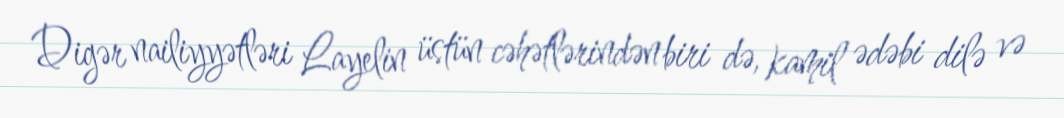
Digər nailiyyətləri Layelin üstün cəhətlərindən biri də, kamil ədəbi dilə və